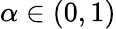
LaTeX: \alpha\in(0,1)